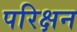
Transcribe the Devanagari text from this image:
परिक्षन